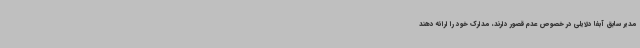
مدیر سابق آبفا دلایلی در خصوص عدم قصور دارند، مدارک خود را ارائه دهند